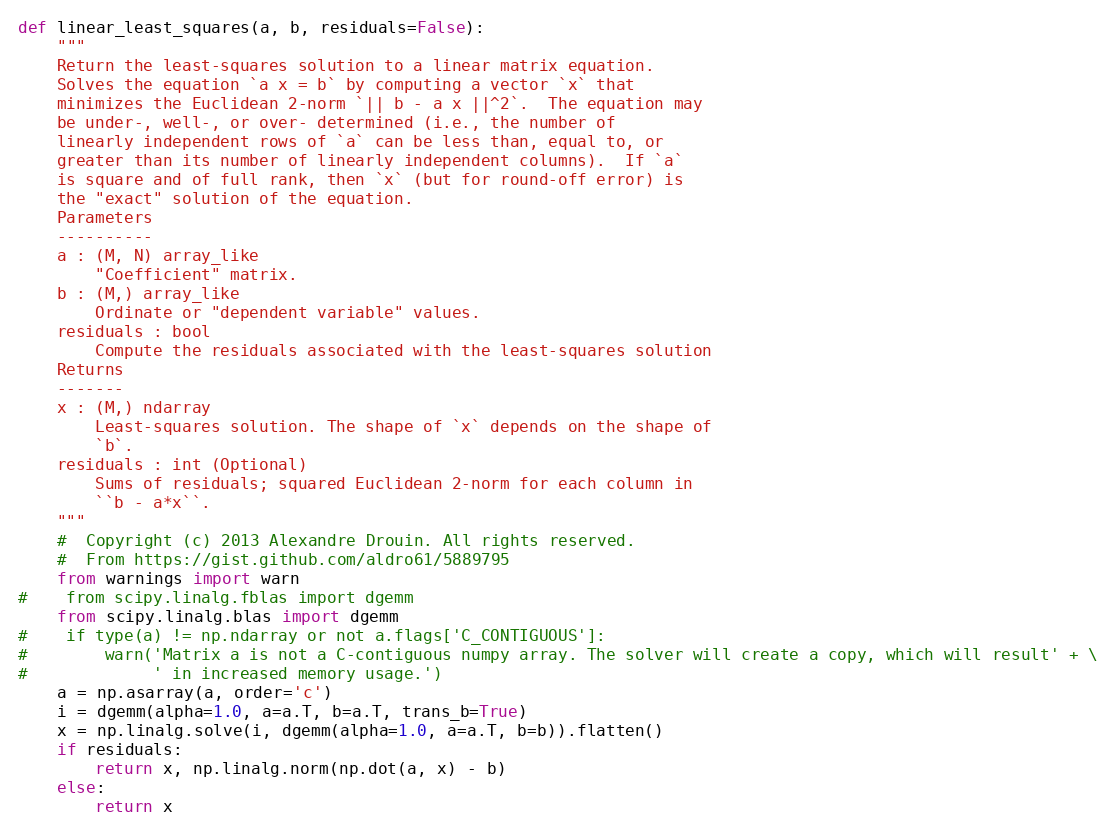
Language: Python
def linear_least_squares(a, b, residuals=False):
    """
    Return the least-squares solution to a linear matrix equation.
    Solves the equation `a x = b` by computing a vector `x` that
    minimizes the Euclidean 2-norm `|| b - a x ||^2`.  The equation may
    be under-, well-, or over- determined (i.e., the number of
    linearly independent rows of `a` can be less than, equal to, or
    greater than its number of linearly independent columns).  If `a`
    is square and of full rank, then `x` (but for round-off error) is
    the "exact" solution of the equation.
    Parameters
    ----------
    a : (M, N) array_like
        "Coefficient" matrix.
    b : (M,) array_like
        Ordinate or "dependent variable" values.
    residuals : bool
        Compute the residuals associated with the least-squares solution
    Returns
    -------
    x : (M,) ndarray
        Least-squares solution. The shape of `x` depends on the shape of
        `b`.
    residuals : int (Optional)
        Sums of residuals; squared Euclidean 2-norm for each column in
        ``b - a*x``.
    """
    #  Copyright (c) 2013 Alexandre Drouin. All rights reserved.
    #  From https://gist.github.com/aldro61/5889795
    from warnings import warn
#    from scipy.linalg.fblas import dgemm
    from scipy.linalg.blas import dgemm
#    if type(a) != np.ndarray or not a.flags['C_CONTIGUOUS']:
#        warn('Matrix a is not a C-contiguous numpy array. The solver will create a copy, which will result' + \
#             ' in increased memory usage.')
    a = np.asarray(a, order='c')
    i = dgemm(alpha=1.0, a=a.T, b=a.T, trans_b=True)
    x = np.linalg.solve(i, dgemm(alpha=1.0, a=a.T, b=b)).flatten()
    if residuals:
        return x, np.linalg.norm(np.dot(a, x) - b)
    else:
        return x